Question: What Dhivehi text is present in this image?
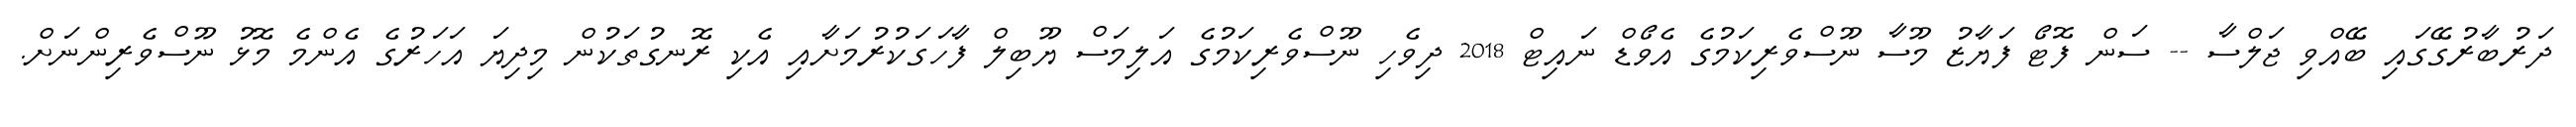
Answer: ދަރުބާރުގޭގައި ބޭއްވި ޖަލްސާ -- ސަން ފޮޓޯ ފަޔާޒު މޫސާ ނޫސްވެރިކަމުގެ އެވޯޑް ނައިޓް 2018 ދިވެހި ނޫސްވެރިކަމުގެ އަލިމަސް ޔޫބިލް ފާހަގަކުރުމަށާއި އެކި ރޮނގުތަކުން މިދިޔަ އަހަރުގެ އެންމެ މޮޅު ނޫސްވެރިންނަށް.